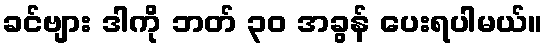
ခင်ဗျား ဒါကို ဘတ် ၃၀ အခွန် ပေးရပါမယ်။